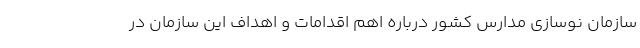
سازمان نوسازی مدارس کشور درباره اهم اقدامات و اهداف این سازمان در